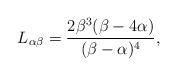
LaTeX: \begin{align*} L_{\alpha \beta} = \dfrac{2\beta^3 (\beta - 4\alpha)}{(\beta - \alpha)^4}, \end{align*}